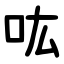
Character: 吰